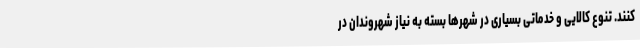
کنند. تنوع کالایی و خدماتی بسیاری در شهرها بسته به نیاز شهروندان در